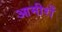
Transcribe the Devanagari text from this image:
आमीरों